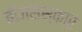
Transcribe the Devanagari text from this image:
बीजसंस्कार